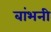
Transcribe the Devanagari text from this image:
बांभनी